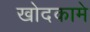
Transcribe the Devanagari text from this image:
खोदकामे